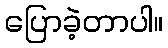
ပြောခဲ့တာပါ။